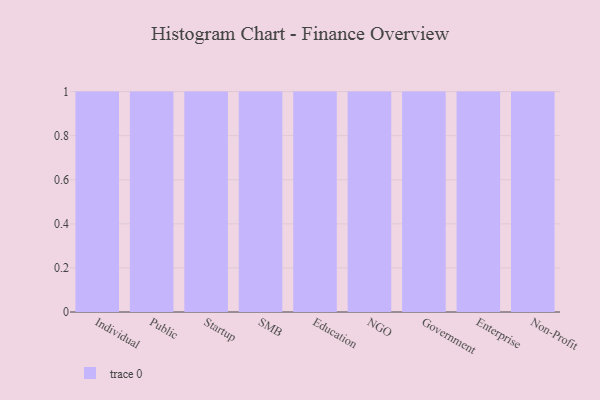
{"axis": {"x": "Segment", "y": "Operating Costs (USD K)"}, "legend": [""], "data": [{"x": "Individual", "y": 70, "type": ""}, {"x": "Public", "y": 94, "type": ""}, {"x": "Startup", "y": 35, "type": ""}, {"x": "SMB", "y": 41, "type": ""}, {"x": "Education", "y": 17, "type": ""}, {"x": "NGO", "y": 38, "type": ""}, {"x": "Government", "y": 64, "type": ""}, {"x": "Enterprise", "y": 45, "type": ""}, {"x": "Non-Profit", "y": 32, "type": ""}]}